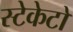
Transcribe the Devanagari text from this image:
स्टेकेटो